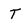
Character: T